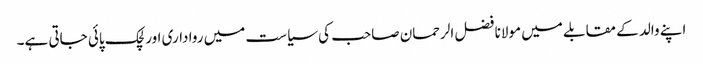
اپنے والد کے مقابلے میں مولانا فضل الرحمان صاحب کی سیاست میں رواداری اور لچک پائی جاتی ہے۔